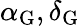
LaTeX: \alpha_{\mathrm{G}},\delta_{\mathrm{G}}